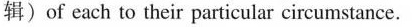
辑)of each to their particular circumstance.